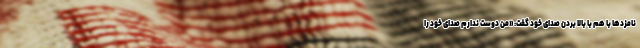
نامزدها با هم با بالا بردن صدای خود گفت: «من دوست ندارم صدای خود را